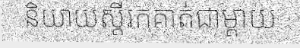
និយាយស្តីរកគាត់ជាម្តាយ